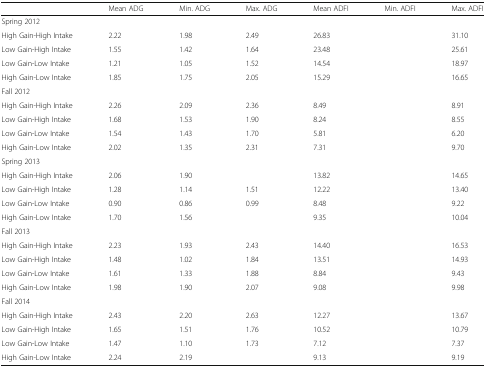
<table><thead><tr><td>[EMPTY_CELL]</td><td><b>Mean ADG</b></td><td><b>Min. ADG</b></td><td><b>Max. ADG</b></td><td><b>Mean ADFI</b></td><td><b>Min. ADFI</b></td><td><b>Max. ADFI</b></td></tr></thead><tbody><tr><td colspan="7">Spring 2012</td></tr><tr><td>High Gain-High Intake</td><td>2.22</td><td>1.98</td><td>2.49</td><td>26.83</td><td>[EMPTY_CELL]</td><td>31.10</td></tr><tr><td>Low Gain-High Intake</td><td>1.55</td><td>1.42</td><td>1.64</td><td>23.48</td><td>[EMPTY_CELL]</td><td>25.61</td></tr><tr><td>Low Gain-Low Intake</td><td>1.21</td><td>1.05</td><td>1.52</td><td>14.54</td><td>[EMPTY_CELL]</td><td>18.97</td></tr><tr><td>High Gain-Low Intake</td><td>1.85</td><td>1.75</td><td>2.05</td><td>15.29</td><td>[EMPTY_CELL]</td><td>16.65</td></tr><tr><td colspan="7">Fall 2012</td></tr><tr><td>High Gain-High Intake</td><td>2.26</td><td>2.09</td><td>2.36</td><td>8.49</td><td>[EMPTY_CELL]</td><td>8.91</td></tr><tr><td>Low Gain-High Intake</td><td>1.68</td><td>1.53</td><td>1.90</td><td>8.24</td><td>[EMPTY_CELL]</td><td>8.55</td></tr><tr><td>Low Gain-Low Intake</td><td>1.54</td><td>1.43</td><td>1.70</td><td>5.81</td><td>[EMPTY_CELL]</td><td>6.20</td></tr><tr><td>High Gain-Low Intake</td><td>2.02</td><td>1.35</td><td>2.31</td><td>7.31</td><td>[EMPTY_CELL]</td><td>9.70</td></tr><tr><td colspan="7">Spring 2013</td></tr><tr><td>High Gain-High Intake</td><td>2.06</td><td>1.90</td><td>[EMPTY_CELL]</td><td>13.82</td><td>[EMPTY_CELL]</td><td>14.65</td></tr><tr><td>Low Gain-High Intake</td><td>1.28</td><td>1.14</td><td>1.51</td><td>12.22</td><td>[EMPTY_CELL]</td><td>13.40</td></tr><tr><td>Low Gain-Low Intake</td><td>0.90</td><td>0.86</td><td>0.99</td><td>8.48</td><td>[EMPTY_CELL]</td><td>9.22</td></tr><tr><td>High Gain-Low Intake</td><td>1.70</td><td>1.56</td><td>[EMPTY_CELL]</td><td>9.35</td><td>[EMPTY_CELL]</td><td>10.04</td></tr><tr><td colspan="7">Fall 2013</td></tr><tr><td>High Gain-High Intake</td><td>2.23</td><td>1.93</td><td>2.43</td><td>14.40</td><td>[EMPTY_CELL]</td><td>16.53</td></tr><tr><td>Low Gain-High Intake</td><td>1.48</td><td>1.02</td><td>1.84</td><td>13.51</td><td>[EMPTY_CELL]</td><td>14.93</td></tr><tr><td>Low Gain-Low Intake</td><td>1.61</td><td>1.33</td><td>1.88</td><td>8.84</td><td>[EMPTY_CELL]</td><td>9.43</td></tr><tr><td>High Gain-Low Intake</td><td>1.98</td><td>1.90</td><td>2.07</td><td>9.08</td><td>[EMPTY_CELL]</td><td>9.98</td></tr><tr><td colspan="7">Fall 2014</td></tr><tr><td>High Gain-High Intake</td><td>2.43</td><td>2.20</td><td>2.63</td><td>12.27</td><td>[EMPTY_CELL]</td><td>13.67</td></tr><tr><td>Low Gain-High Intake</td><td>1.65</td><td>1.51</td><td>1.76</td><td>10.52</td><td>[EMPTY_CELL]</td><td>10.79</td></tr><tr><td>Low Gain-Low Intake</td><td>1.47</td><td>1.10</td><td>1.73</td><td>7.12</td><td>[EMPTY_CELL]</td><td>7.37</td></tr><tr><td>High Gain-Low Intake</td><td>2.24</td><td>2.19</td><td>[EMPTY_CELL]</td><td>9.13</td><td>[EMPTY_CELL]</td><td>9.19</td></tr></tbody></table>